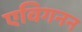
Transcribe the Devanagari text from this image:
एविगनन